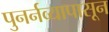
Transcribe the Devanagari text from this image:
पुनर्नव्यापासून